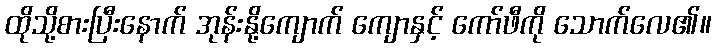
ထိုသို့စားပြီးနောက် အုန်းနို့ကျောက် ကျောနှင့် ကော်ဖီကို သောက်လေ၏။